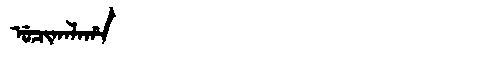
Manchu: ᡠᠴᡳᡴᠠᠯᠠᡥᠠ
Romanization: UCIKALAHA